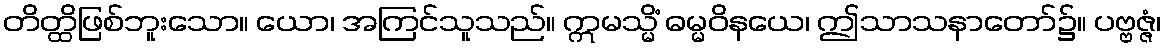
တိတ္ထိဖြစ်ဘူးသော။ ယော၊ အကြင်သူသည်။ ဣမသ္မိံ ဓမ္မဝိနယေ၊ ဤသာသနာတော်၌။ ပဗ္ဗဇ္ဇံ၊